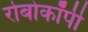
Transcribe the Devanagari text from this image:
रोबोकॉपी